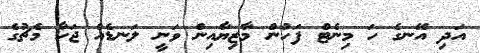
އަދި އޭނގެ ހަ މިނެޓް ފަހުން މާޒިޔާއިން ވަނީ ލަނޑެއް ޖަހާ މެޗުގެ